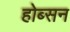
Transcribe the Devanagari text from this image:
होब्सन